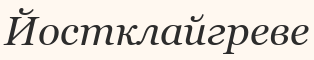
Йостклайгреве